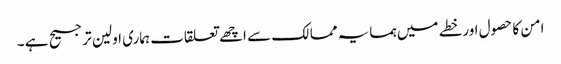
امن کا حصول اورخطے میں ہمسایہ ممالک سے اچھے تعلقات ہماری اولین ترجیح ہے ۔